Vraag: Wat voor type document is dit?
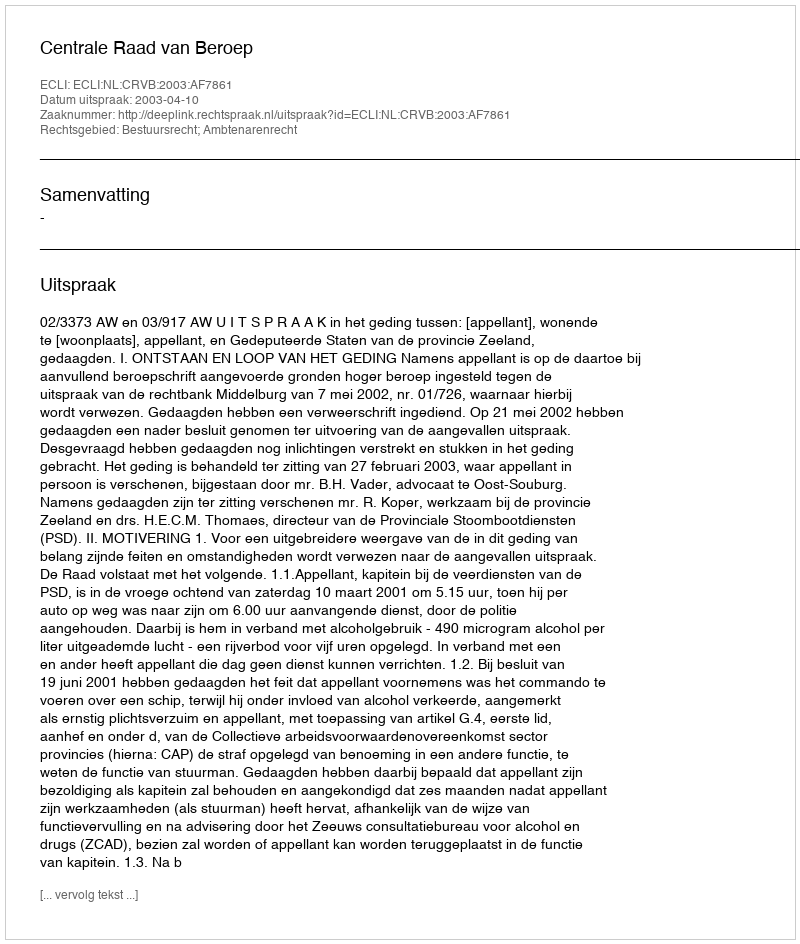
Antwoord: Uitspraak